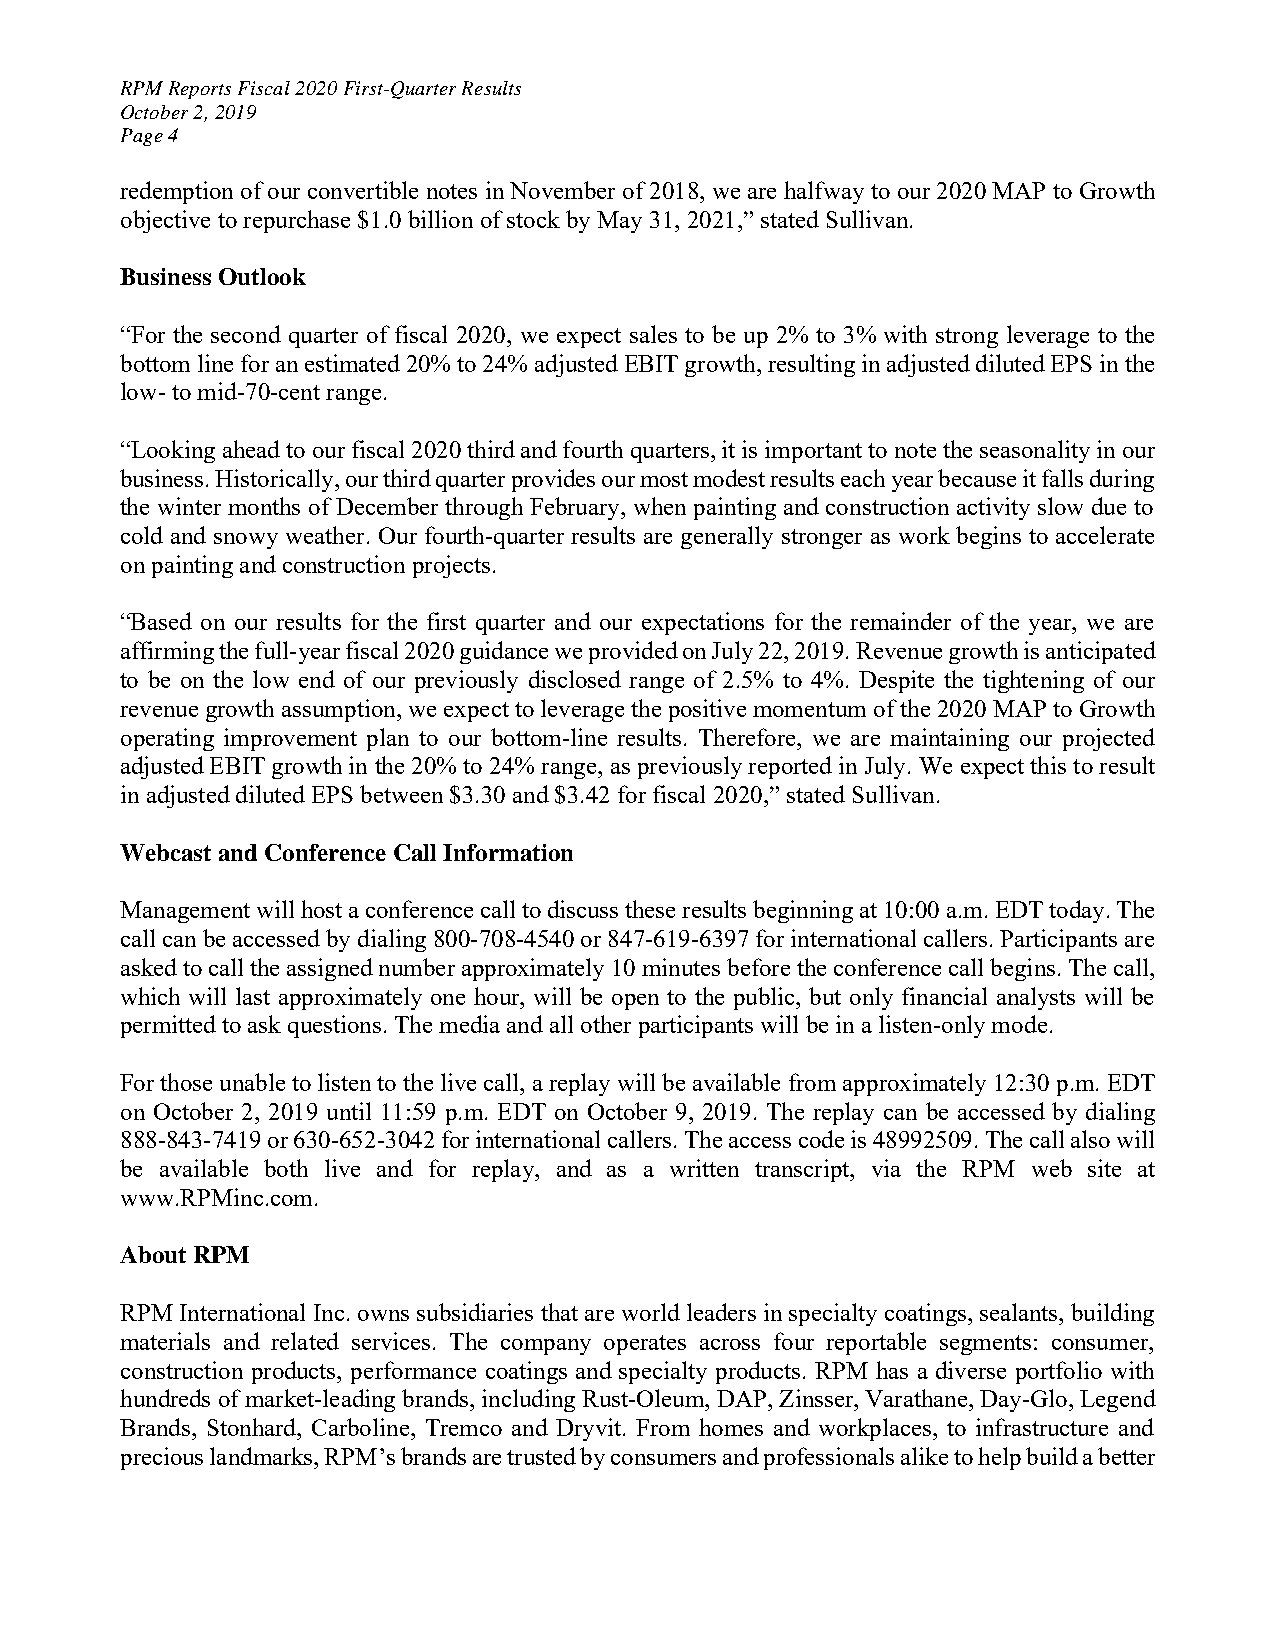
RPM Reports Fiscal 2020 First-Quarter Results
 October 2, 2019
 Page 4
 redemption of our convertible notes in November of 2018, we are halfway to our 2020 MAP to Growth
 objective to repurchase $1.0 billion of stock by May 31, 2021,” stated Sullivan.
 Business Outlook
 “For the second quarter of fiscal 2020, we expect sales to be up 2% to 3% with strong leverage to the
 bottom line for an estimated 20% to 24% adjusted EBIT growth, resulting in adjusted diluted EPS in the
 low- to mid-70-cent range.
 “Looking ahead to our fiscal 2020 third and fourth quarters, it is important to note the seasonality in our
 business. Historically, our third quarter provides our most modest results each year because it falls during
 the winter months of December through February, when painting and construction activity slow due to
 cold and snowy weather. Our fourth-quarter results are generally stronger as work begins to accelerate
 on painting and construction projects.
 “Based on our results for the first quarter and our expectations for the remainder of the year, we are
 affirming the full-year fiscal 2020 guidance we provided on July 22, 2019. Revenue growth is anticipated
 to be on the low end of our previously disclosed range of 2.5% to 4%. Despite the tightening of our
 revenue growth assumption, we expect to leverage the positive momentum of the 2020 MAP to Growth
 operating improvement plan to our bottom-line results. Therefore, we are maintaining our projected
 adjusted EBIT growth in the 20% to 24% range, as previously reported in July. We expect this to result
 in adjusted diluted EPS between $3.30 and $3.42 for fiscal 2020,” stated Sullivan.
 Webcast and Conference Call Information
 Management will host a conference call to discuss these results beginning at 10:00 a.m. EDT today. The
 call can be accessed by dialing 800-708-4540 or 847-619-6397 for international callers. Participants are
 asked to call the assigned number approximately 10 minutes before the conference call begins. The call,
 which will last approximately one hour, will be open to the public, but only financial analysts will be
 permitted to ask questions. The media and all other participants will be in a listen-only mode.
 For those unable to listen to the live call, a replay will be available from approximately 12:30 p.m. EDT
 on October 2, 2019 until 11:59 p.m. EDT on October 9, 2019. The replay can be accessed by dialing
 888-843-7419 or 630-652-3042 for international callers. The access code is 48992509. The call also will
 be available both live and for replay, and as a written transcript, via the RPM web site at
 www.RPMinc.com.
 About RPM
 RPM International Inc. owns subsidiaries that are world leaders in specialty coatings, sealants, building
 materials and related services. The company operates across four reportable segments: consumer,
 construction products, performance coatings and specialty products. RPM has a diverse portfolio with
 hundreds of market-leading brands, including Rust-Oleum, DAP, Zinsser, Varathane, Day-Glo, Legend
 Brands, Stonhard, Carboline, Tremco and Dryvit. From homes and workplaces, to infrastructure and
 precious landmarks, RPM’s brands are trusted by consumers and professionals alike to help build a better